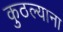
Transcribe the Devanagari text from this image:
कुठल्याना